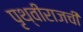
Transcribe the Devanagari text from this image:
पृथ्वीराजची